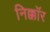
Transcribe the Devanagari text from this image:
निक्कॉर